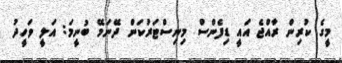
މީގެ ކުރިން ރާއްޖެ އައީ ޑިފެންސް މިނިސްޓަރުކަން ދޭނަމޭ ބުނީމަ: އަލީ ވަހީދު